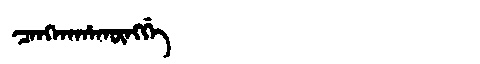
Manchu: ᠴᠠᠩᡴᠠᡥᠠᡴᡡᠩᡤᡝ
Romanization: CANGKAHAKŪNGGE